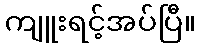
ကျူးရင့်အပ်ပြီ။